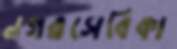
নগরসেবিকা